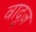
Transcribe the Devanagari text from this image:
वादुज़